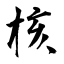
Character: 核